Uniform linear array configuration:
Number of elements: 32
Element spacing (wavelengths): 1
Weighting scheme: hamming
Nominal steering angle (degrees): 45
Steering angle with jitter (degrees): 46.649
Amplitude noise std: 0.05
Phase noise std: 0.05

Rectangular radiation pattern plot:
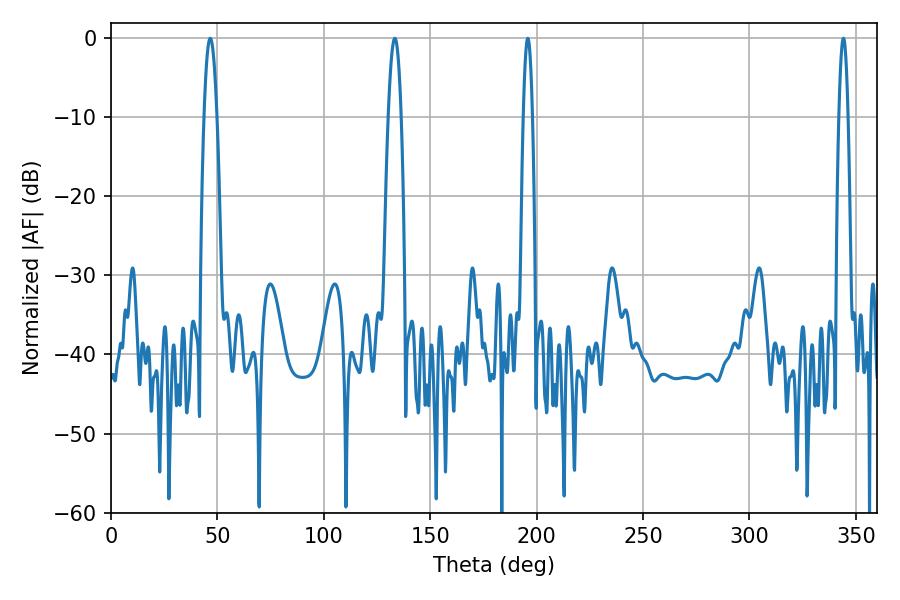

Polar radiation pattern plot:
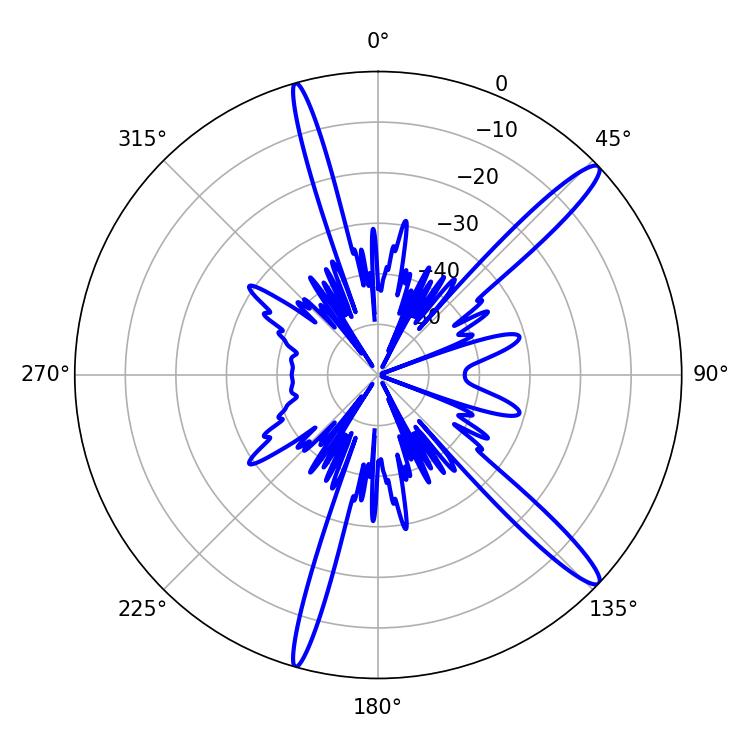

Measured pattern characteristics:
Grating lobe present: TRUE
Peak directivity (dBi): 14.701
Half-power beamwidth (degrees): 2.16
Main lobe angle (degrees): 195.84